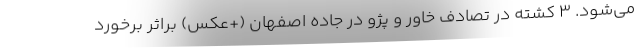
می‌شود. 3 کشته در تصادف خاور و پژو در جاده اصفهان (+عکس) براثر برخورد